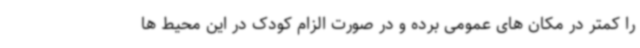
را کمتر در مکان های عمومی برده و در صورت الزام کودک در این محیط ها